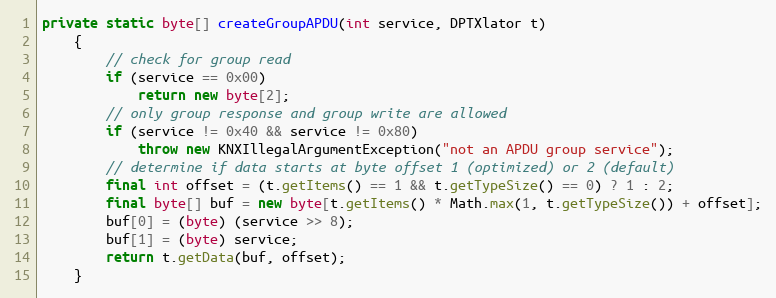
Language: Java
private static byte[] createGroupAPDU(int service, DPTXlator t)
	{
		// check for group read
		if (service == 0x00)
			return new byte[2];
		// only group response and group write are allowed
		if (service != 0x40 && service != 0x80)
			throw new KNXIllegalArgumentException("not an APDU group service");
		// determine if data starts at byte offset 1 (optimized) or 2 (default)
		final int offset = (t.getItems() == 1 && t.getTypeSize() == 0) ? 1 : 2;
		final byte[] buf = new byte[t.getItems() * Math.max(1, t.getTypeSize()) + offset];
		buf[0] = (byte) (service >> 8);
		buf[1] = (byte) service;
		return t.getData(buf, offset);
	}